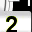
Digit: 2